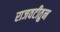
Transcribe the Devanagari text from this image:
राजवटीतुन